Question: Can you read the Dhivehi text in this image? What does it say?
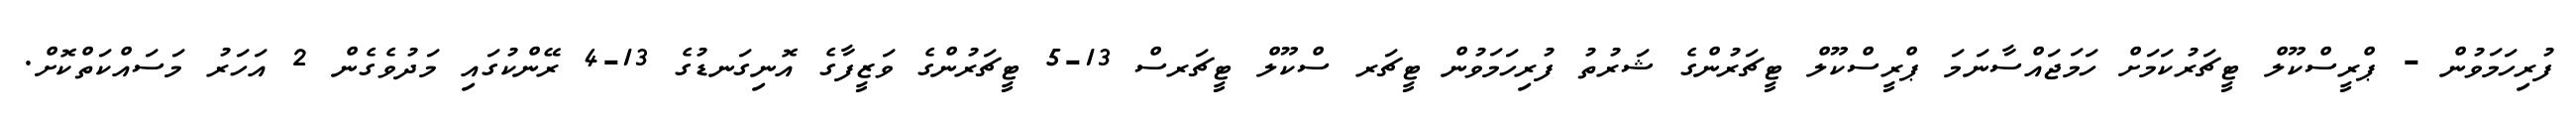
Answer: ފުރިހަމަވުން - ޕްރީސްކޫލް ޓީޗަރުކަމަށް ހަމަޖައްސާނަމަ ޕްރީސްކޫލް ޓީޗަރުންގެ ޝަރުތު ފުރިހަމަވުން ޓީޗަރ ސްކޫލް ޓީޗަރސް 13-5 ޓީޗަރުންގެ ވަޒީފާގެ އޮނިގަނޑުގެ 13-4 ރޭންކުގައި މަދުވެގެން 2 އަހަރު މަސައްކަތްކޮށް.